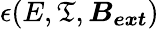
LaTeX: \epsilon(E,\mathfrak{T},\boldsymbol{B_{ext}})